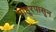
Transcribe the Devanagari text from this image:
माहूरपासून